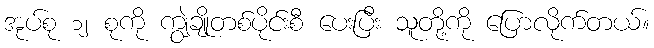
အုပ်စု ၁၂ စုကို ကျွဲချိုတစ်ပိုင်းစီ ပေးပြီး သူတို့ကို ပြောလိုက်တယ်။